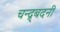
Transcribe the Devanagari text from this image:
चन्द्र्बदनी